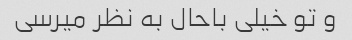
و تو خیلی باحال به نظر میرسی